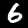
Digit: 6